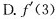
D.f^{\prime}(3)